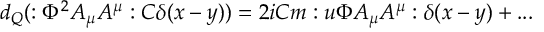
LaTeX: d _ { Q } ( : \Phi ^ { 2 } A _ { \mu } A ^ { \mu } : C \delta ( x - y ) ) = 2 i C m : u \Phi A _ { \mu } A ^ { \mu } : \delta ( x - y ) + . . .